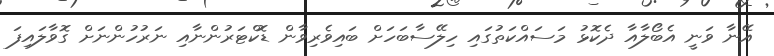
އޭނާ ވަނީ އެބޯލާއާ ދެކޮޅު މަސައްކަތުގައި ހިލޭސާބަހަށް ބައިވެރިވާން ޑޮކްޓަރުންނާއި ނަރުހުންނަށް ގޮވާލައިފަ